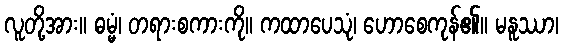
လူတို့အား။ ဓမ္မံ၊ တရားစကားကို။ ကထာပေသုံ၊ ဟောစေကုန်၏။ မနူဿာ၊